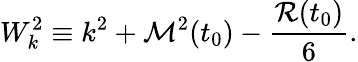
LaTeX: W_{k}^{2}\equiv k^{2}+{\cal M}^{2}(t_{0})-\frac{{\cal R}(t_{0})}{6}.